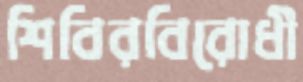
শিবিরবিরোধী